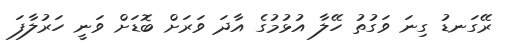
ރޭގަނޑު ގިނަ ވަގުތު ހޭލާ އުޅުމުގެ އާދަ ވަރަށް ބޮޑަށް ވަނީ ހަރުލާފަ